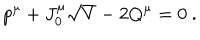
LaTeX: p ^ { \mu } + J _ { 0 } ^ { \mu } \sqrt { V } - 2 Q ^ { \mu } = 0 \ .